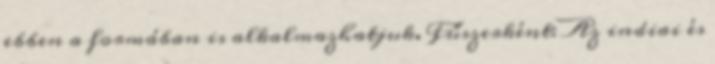
ebben a formában is alkalmazhatjuk. Fűszerként: Az indiai és